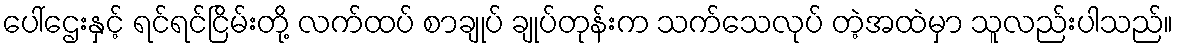
ပေါ်ဌေးနှင့် ရင်ရင်ငြိမ်းတို့ လက်ထပ် စာချုပ် ချုပ်တုန်းက သက်သေလုပ် တဲ့အထဲမှာ သူလည်းပါသည်။